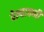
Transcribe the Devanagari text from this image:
वेल्हावणी